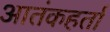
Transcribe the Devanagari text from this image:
आतंकहर्ता